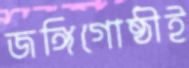
জঙ্গিগোষ্ঠীই